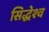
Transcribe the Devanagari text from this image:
सिद्धेश्व